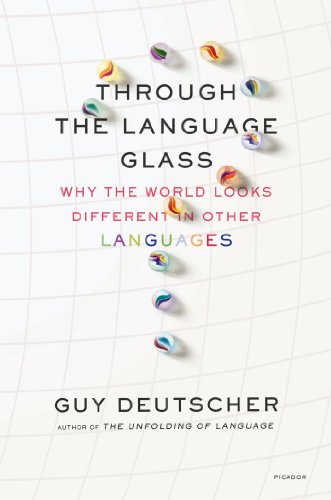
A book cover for Through the Language Glass: Why the World Looks Different in Other Languages; Guy Deutscher; Politics & Social Sciences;